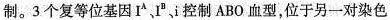
制。3 个复等位基因 I^{A}、I^{B}、i 控制ABO 血型，位于另一对染色